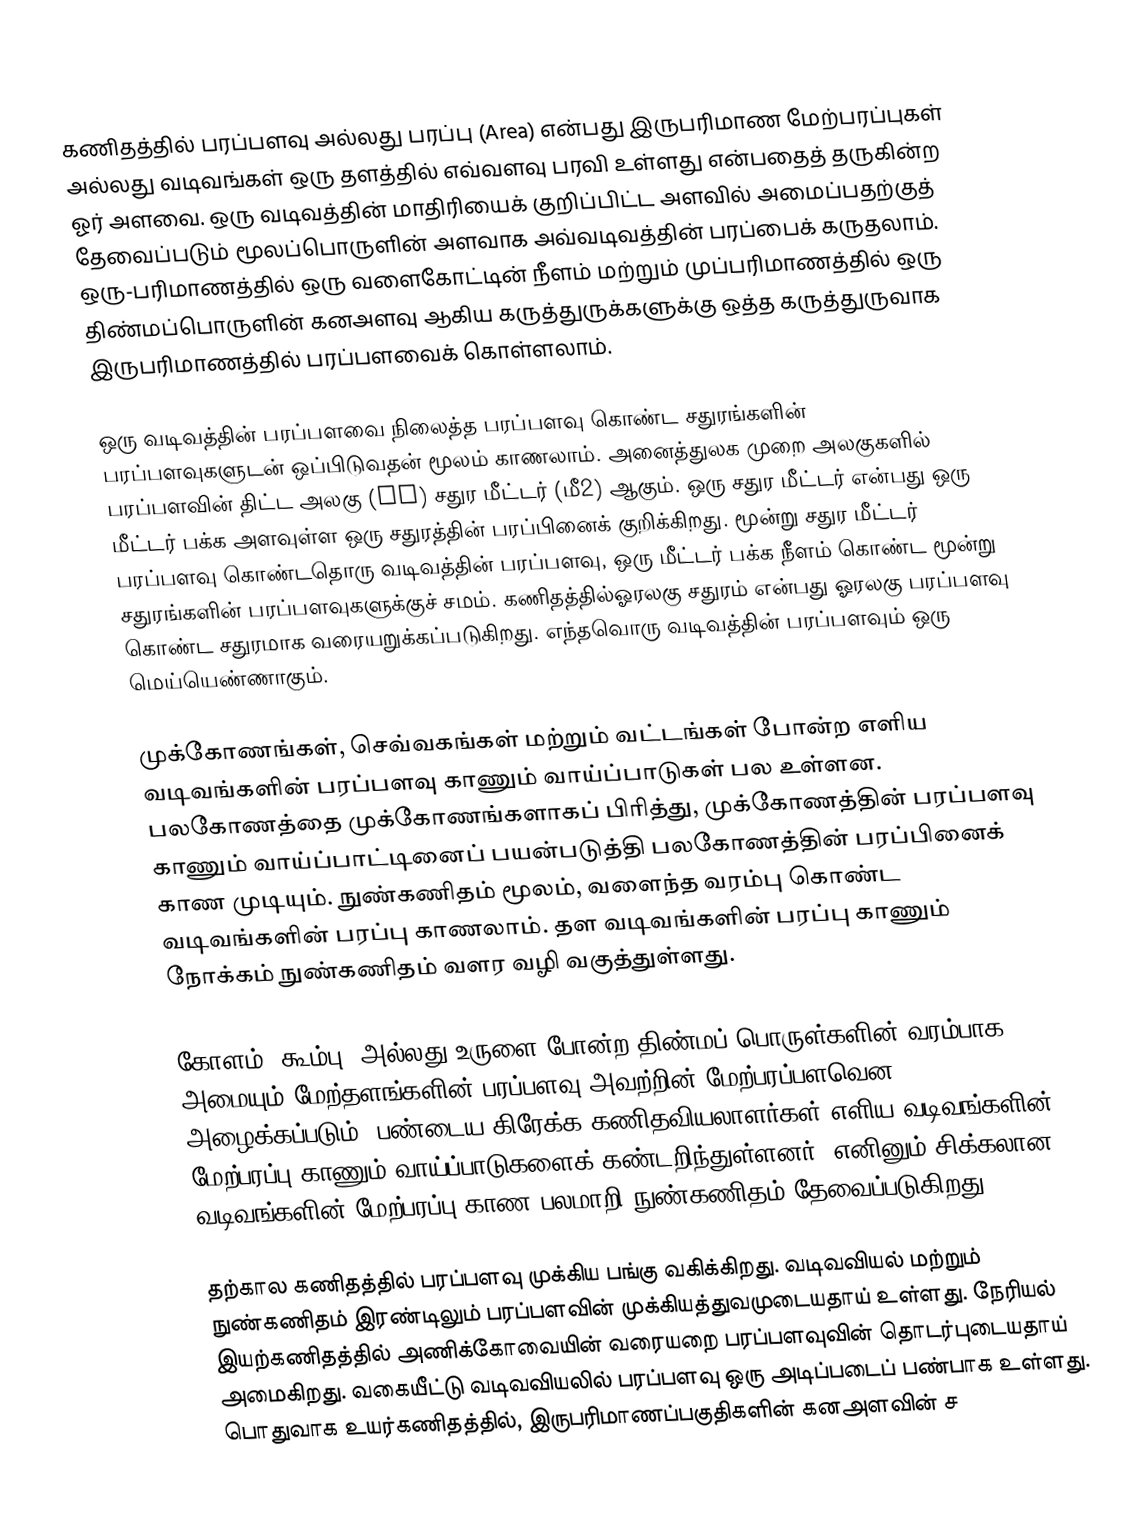
கணிதத்தில் பரப்பளவு அல்லது பரப்பு (Area) என்பது இருபரிமாண மேற்பரப்புகள் அல்லது வடிவங்கள் ஒரு தளத்தில் எவ்வளவு பரவி உள்ளது என்பதைத் தருகின்ற ஓர் அளவை. ஒரு வடிவத்தின் மாதிரியைக் குறிப்பிட்ட அளவில் அமைப்பதற்குத்  தேவைப்படும் மூலப்பொருளின் அளவாக அவ்வடிவத்தின் பரப்பைக் கருதலாம். ஒரு-பரிமாணத்தில் ஒரு வளைகோட்டின் நீளம் மற்றும் முப்பரிமாணத்தில் ஒரு திண்மப்பொருளின் கனஅளவு ஆகிய கருத்துருக்களுக்கு ஒத்த கருத்துருவாக இருபரிமாணத்தில் பரப்பளவைக் கொள்ளலாம்.

ஒரு வடிவத்தின் பரப்பளவை நிலைத்த பரப்பளவு கொண்ட சதுரங்களின் பரப்பளவுகளுடன் ஒப்பிடுவதன் மூலம் காணலாம். அனைத்துலக முறை அலகுகளில்  பரப்பளவின் திட்ட அலகு (SI) சதுர மீட்டர் (மீ2) ஆகும். ஒரு சதுர மீட்டர் என்பது ஒரு மீட்டர் பக்க அளவுள்ள ஒரு சதுரத்தின் பரப்பினைக் குறிக்கிறது.  மூன்று சதுர மீட்டர் பரப்பளவு கொண்டதொரு வடிவத்தின் பரப்பளவு, ஒரு மீட்டர் பக்க நீளம் கொண்ட மூன்று சதுரங்களின் பரப்பளவுகளுக்குச் சமம். கணிதத்தில்ஓரலகு சதுரம் என்பது ஓரலகு பரப்பளவு கொண்ட சதுரமாக வரையறுக்கப்படுகிறது. எந்தவொரு வடிவத்தின்  பரப்பளவும் ஒரு மெய்யெண்ணாகும்.

முக்கோணங்கள், செவ்வகங்கள் மற்றும் வட்டங்கள் போன்ற எளிய வடிவங்களின் பரப்பளவு காணும் வாய்ப்பாடுகள் பல உள்ளன. பலகோணத்தை முக்கோணங்களாகப் பிரித்து, முக்கோணத்தின் பரப்பளவு காணும் வாய்ப்பாட்டினைப் பயன்படுத்தி பலகோணத்தின் பரப்பினைக் காண முடியும். நுண்கணிதம் மூலம், வளைந்த வரம்பு கொண்ட வடிவங்களின் பரப்பு காணலாம். தள வடிவங்களின் பரப்பு காணும் நோக்கம் நுண்கணிதம் வளர வழி வகுத்துள்ளது.

கோளம், கூம்பு, அல்லது உருளை போன்ற திண்மப் பொருள்களின் வரம்பாக அமையும் மேற்தளங்களின் பரப்பளவு அவற்றின் மேற்பரப்பளவென அழைக்கப்படும். பண்டைய கிரேக்க கணிதவியலாளர்கள் எளிய வடிவங்களின் மேற்பரப்பு காணும் வாய்ப்பாடுகளைக் கண்டறிந்துள்ளனர். எனினும் சிக்கலான வடிவங்களின் மேற்பரப்பு காண பலமாறி நுண்கணிதம் தேவைப்படுகிறது.

தற்கால கணிதத்தில் பரப்பளவு முக்கிய பங்கு வகிக்கிறது. வடிவவியல் மற்றும் நுண்கணிதம் இரண்டிலும் பரப்பளவின் முக்கியத்துவமுடையதாய் உள்ளது. நேரியல் இயற்கணிதத்தில் அணிக்கோவையின் வரையறை பரப்பளவுவின் தொடர்புடையதாய் அமைகிறது. வகையீட்டு வடிவவியலில் பரப்பளவு ஒரு அடிப்படைப் பண்பாக உள்ளது. பொதுவாக உயர்கணிதத்தில், இருபரிமாணப்பகுதிகளின் கனஅளவின் ச